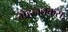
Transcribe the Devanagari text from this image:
मेहनतकस